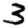
Digit: 3